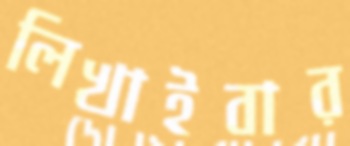
লিখাইবার